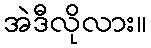
အဲဒီလိုလား။